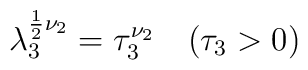
\lambda_3^{\frac12 \nu_2} = \tau_3^{\nu_2} \quad (\tau_3 > 0)